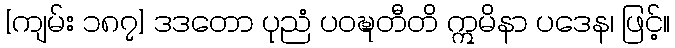
[ကျမ်း ၁၈၇] ဒဒတော ပုညံ ပဝဍ္ဎတီတိ ဣမိနာ ပဒေန၊ ဖြင့်။